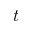
t